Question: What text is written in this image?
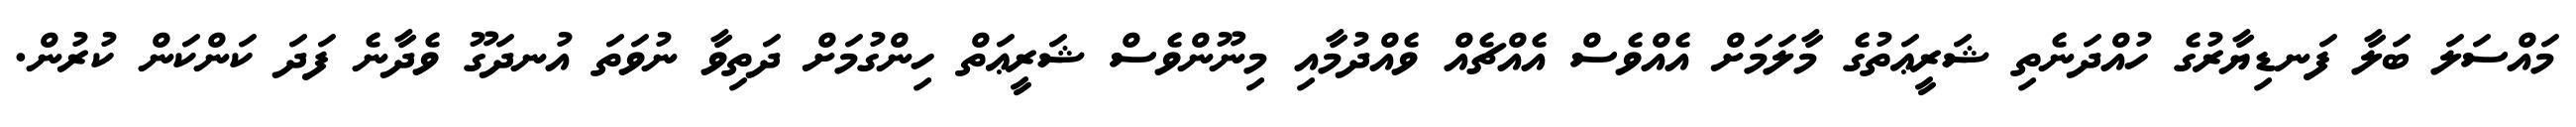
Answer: މައްސަލަ ބަލާ ފަނޑިޔާރުގެ ހުއްދަނެތި ޝަރީޢަތުގެ މާލަމަށް އެއްވެސް އެއްޗެއް ވެއްދުމާއި މިނޫންވެސް ޝަރީޢަތް ހިންގުމަށް ދަތިވާ ނުވަތަ އުނދަގޫ ވެދާނެ ފަދަ ކަންކަން ކުރުން.